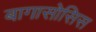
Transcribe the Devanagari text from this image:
बागासोसिस